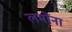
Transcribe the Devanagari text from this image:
लमोंना